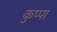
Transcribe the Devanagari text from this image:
कुप्‍पा